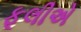
ફૂલીએ